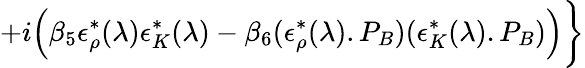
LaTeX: +i\Big(\beta_{5}\epsilon_{\rho}^{*}(\lambda)\epsilon_{K}^{*}(\lambda)-\beta_{6}(\epsilon_{\rho}^{*}(\lambda).P_{B})(\epsilon_{K}^{*}(\lambda).P_{B})\Big)\bigg\rbrace